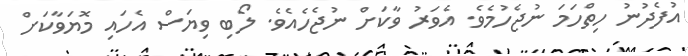
އުފެދުނު ހިތްހަމަ ނުޖެހުމެވެ. އެވަރު ވާކަށް ނުޖެހެއެވެ. ލޯބި ވިޔަސް އެހައި މޮޔަވާކަށް